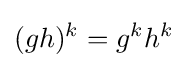
(gh)^{k}=g^{k}h^{k}